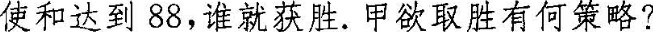
使和达到88，谁就获胜。甲欲取胜有何策略？